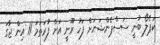
ކަޕެލޯ ބުނީ ސަސްޕެންޝަނަށް ފަހު ރޫނީ އަށް ފުރަތަމަ 11 އިން ޖާގަ